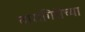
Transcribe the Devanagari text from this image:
तारागिरीच्या